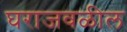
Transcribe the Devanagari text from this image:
घराजवळील